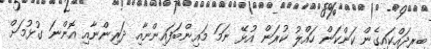
ބިރިދައްކައިގެން ކަންކަން ހައްލު ކުރަން އުޅޭ ނަމަ މައިންބަފައިންނާއި ދަރިންނާއި އޮންނަ ގުޅުމަށް